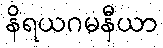
နိရယဂမနီယာ